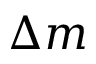
\Delta m